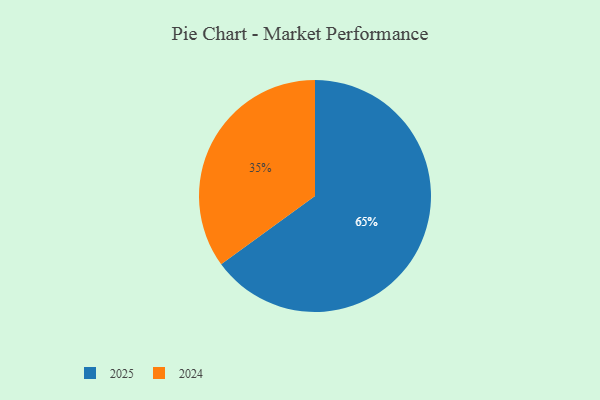
{"axis": {"x": "Category", "y": "Percentage"}, "legend": ["2024", "2025"], "data": [{"x": "2025", "y": 65, "type": "2025"}, {"x": "2024", "y": 35, "type": "2024"}]}